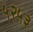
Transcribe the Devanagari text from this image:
५२५३